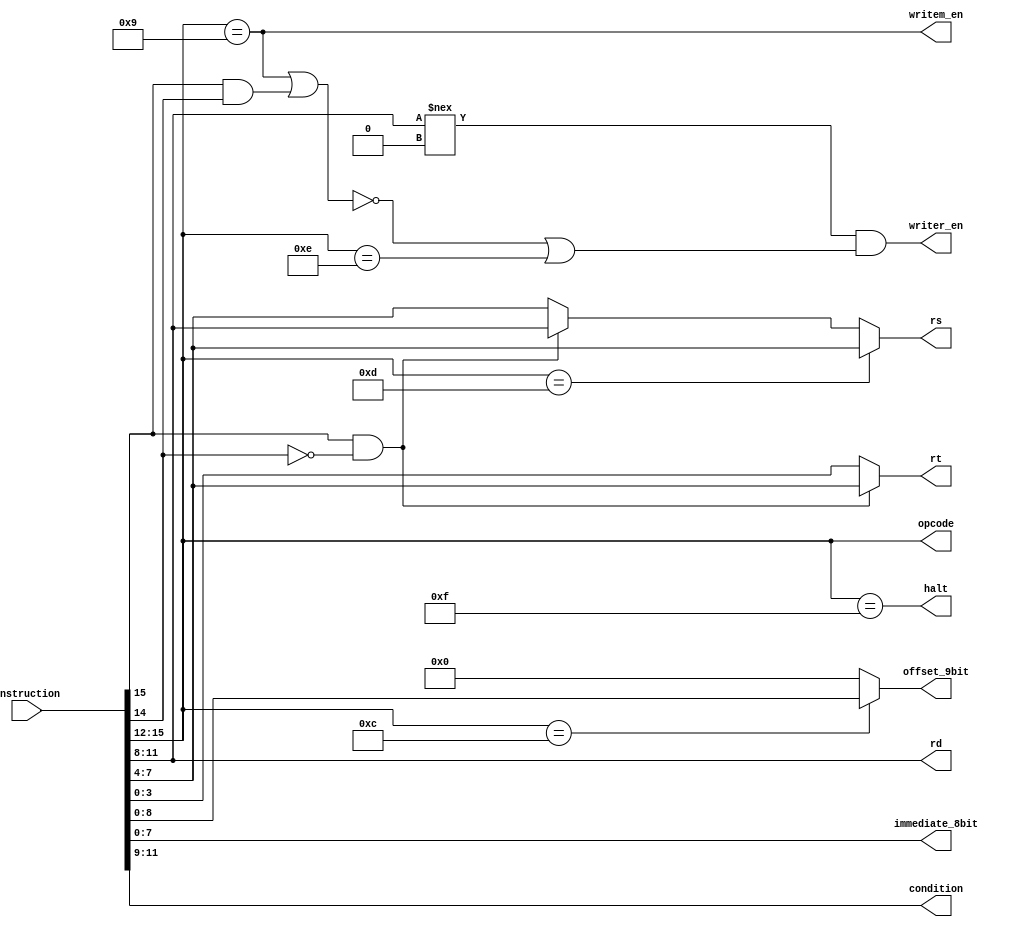
///////////////////////
// TEST PASSED ////////
///////////////////////
module decoder(instruction, opcode, rs, rt, rd, immediate_8bit, 
                offset_9bit, condition, writem_en, writer_en, halt);

////////////register in rd, rs, rt sequence////////////////

input [15:0] instruction;
output [3:0] rs, rt, rd, opcode;
output [2:0] condition;
output [7:0] immediate_8bit;
output [8:0] offset_9bit;
output halt, writem_en, writer_en;

assign writem_en = (opcode == 4'b1001);
assign writer_en = ((rd !== 4'b0000) & ((!((opcode == 4'b1001) | (opcode[3] & opcode[2]))) | (opcode == 4'b1110)));
assign opcode = instruction[15:12];
assign halt = (opcode == 4'b1111);
assign rd = instruction[11:8];
assign rs = (opcode == 4'hd) ? instruction[7:4] : ((opcode[3]&(!opcode[2])) ? instruction[11:8] : instruction[7:4]); //A
assign rt = ((opcode[3]&(!opcode[2])) ? instruction[7:4] : instruction[3:0]);  //B
assign immediate_8bit = instruction[7:0];
assign offset_9bit = (opcode == 4'b1100)? instruction[8:0] : 9'h000;
assign condition = instruction[11:9];


endmodule